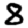
Digit: 8